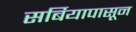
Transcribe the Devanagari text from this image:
सर्बियापासून